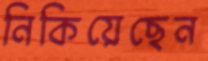
নিকিয়েছেন